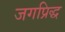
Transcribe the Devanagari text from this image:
जगप्रिद्ध